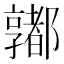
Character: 𨟞